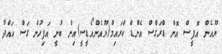
ޔޫއެން އޮފީސް އޮން ޑްރަގްސް އެންޑް ކްރައިމް(ޔޫއެންއޯޑީސީ)އިން ބުނީ އަފިހުން ގަސް ހައްދާ